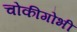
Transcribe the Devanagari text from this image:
चोकीगोभी